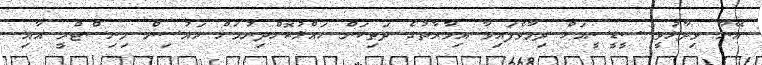
އޭނާ ވިދާޅުވީ ސީޑީސީއަށް ދިމާވެފައިވާ އިމާރާތުގެ ދަތިކަން ހައްލުކޮށްދިނުމަށް ހައުސިން މިނިސްޓްރީ އާއި